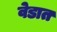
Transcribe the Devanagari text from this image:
वेडात